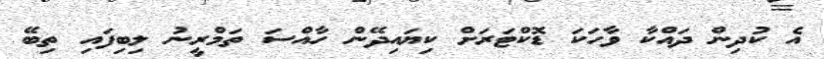
އެ ކުދިން ދައްކާ ވާހަކަ ޑޮކްޓަރަށް ކިޔައިދޭން ހާއްސަ ތަމްރީނު ލިބިފައި ތިބޭ